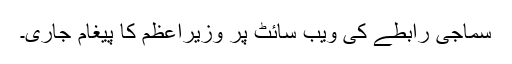
سماجی رابطے کی ویب سائٹ پر وزیراعظم کا پیغام جاری۔